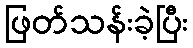
ဖြတ်သန်းခဲ့ပြီး